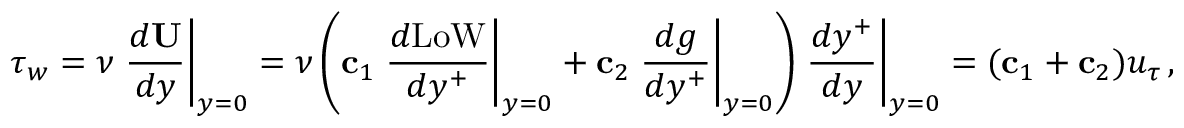
{ \boldsymbol \tau } _ { w } = \nu \left. \frac { d { \bf U } } { d y } \right| _ { y = 0 } = \nu \left( { \bf c } _ { 1 } \left. \frac { d \mathrm { L o W } } { d y ^ { + } } \right| _ { y = 0 } + { \bf c } _ { 2 } \left. \frac { d g } { d y ^ { + } } \right| _ { y = 0 } \right) \left. \frac { d y ^ { + } } { d y } \right| _ { y = 0 } = ( { \bf c } _ { 1 } + { \bf c } _ { 2 } ) u _ { \tau } \, ,